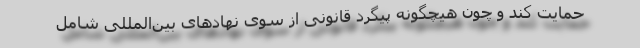
حمایت کند و چون هیچگونه پیگرد قانونی از سوی نهادهای بین‌المللی شامل